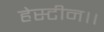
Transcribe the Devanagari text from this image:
हेस्टीन।।